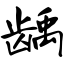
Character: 龋